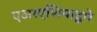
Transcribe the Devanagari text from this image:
एअरएशियाद्वारे